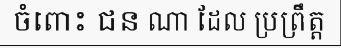
ចំពោះ ជន ណា ដែល ប្រព្រឹត្ត